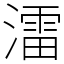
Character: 㵢